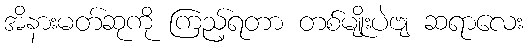
အိနားမတ်ဆုကို ကြည့်ရတာ တစ်မျိုးပဲဗျ ဆရာလေး